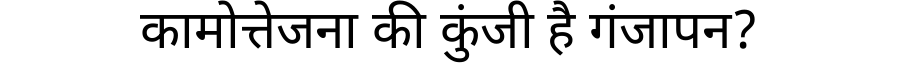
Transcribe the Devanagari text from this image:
कामोत्तेजना की कुंजी है गंजापन?